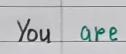
You    are